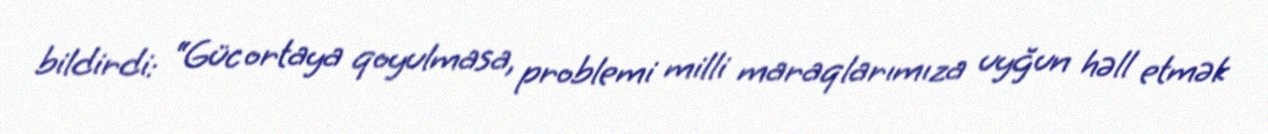
bildirdi: “Güc ortaya qoyulmasa, problemi milli maraqlarımıza uyğun həll etmək